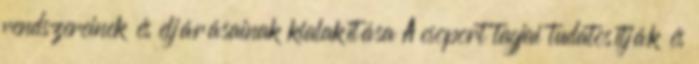
rendszereinek és eljárásainak kialakítása A csoport tagjai tudatosítják és